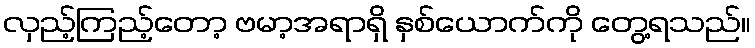
လှည့်ကြည့်တော့ ဗမာ့အရာရှိ နှစ်ယောက်ကို တွေ့ရသည်။